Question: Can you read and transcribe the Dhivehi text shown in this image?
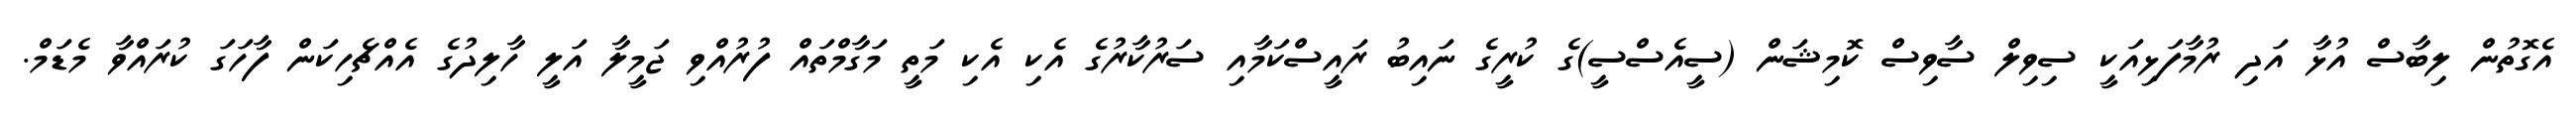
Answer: އެގޮތުން ލިބާސް އުޅާ އަދި ރުމާފަޅިއަކީ ސިވިލް ސާވިސް ކޮމިޝަން (ސީއެސްސީ)ގެ ކުރީގެ ނައިބު ރައީސްކަމާއި ސަރުކާރުގެ އެކި އެކި މަތީ މަގާމްތައް ފުރުއްވި ޖަމީލާ އަލީ ހާލިދުގެ އެއްޗެހިކަން ފާހަގަ ކުރައްވާ މެޑަމް.